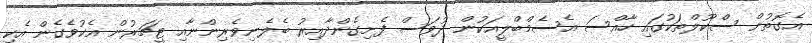
އެގޮތުން ސްކޫލްތަކުގައި ހާއްސަ އެސެމްބްލީއަކުން ދުވަސް ފެށިގެންދާއިރު ބެލެނިވެރިންނާއި ޓީޗަރުން އެކުވެގެން އެކި